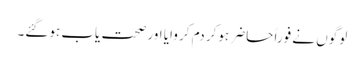
لوگوں نے فوراً حاضر ہوکر دم کر وایا اور صحت یاب ہوگئے۔